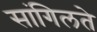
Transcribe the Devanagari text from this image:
सांगिलते